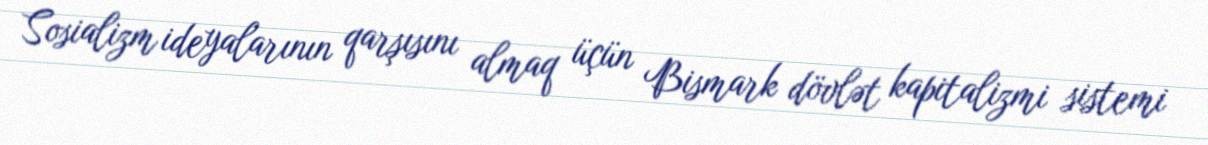
Sosializm ideyalarının qarşısını almaq üçün Bismark dövlət kapitalizmi sistemi